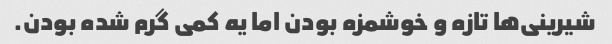
شیرینی‌ها تازه و خوشمزه بودن اما یه کمی گرم شده بودن.